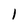
Character: 1